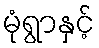
မုံရွာနှင့်